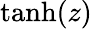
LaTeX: \operatorname{tanh}(z)